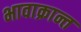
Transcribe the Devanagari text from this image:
भावाक्रान्त